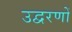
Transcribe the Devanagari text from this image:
उद्वरणों